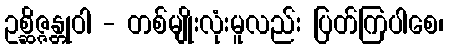
ဥစ္ဆိဇ္ဇန္တုဝါ - တစ်မျိုးလုံးမူလည်း ပြတ်ကြပါစေ၊